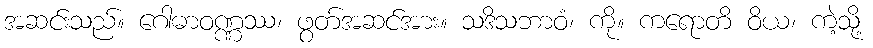
အဆင်းသည်။ ဂေါဓာဝဏ္ဏဿ၊ ဖွတ်အဆင်အား။ သဒိသဘာဝံ၊ ကို။ ကရောတိ ဝိယ၊ ကဲ့သို့